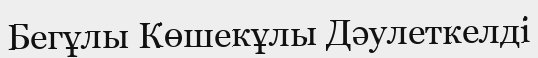
Бегұлы Көшекұлы Дәулеткелді